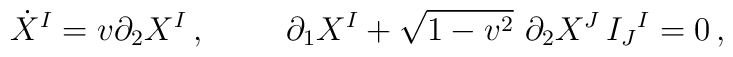
\dot {X}^I = v\partial_2 X^I\, ,\hskip 1.0truecm\partial_1 X^I + \sqrt {1-v^2}\ \partial_2X^J\, I_J{}^I=0\, ,